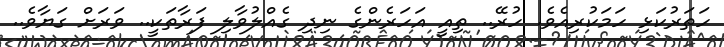
ހަތަރުކަޅި ހަމަކުރިއެވެ. ހުރޭ.. ތިއީ އަހަރެންގެ ނިދި ގެއްލުވާލި ފަރާތަކީ.. ވަރަށް ގަޔާވެ..